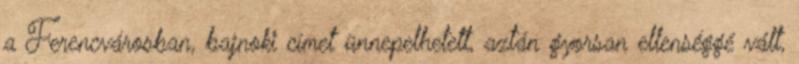
a Ferencvárosban, bajnoki címet ünnepelhetett, aztán gyorsan ellenséggé vált,